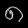
Digit: ၈